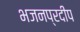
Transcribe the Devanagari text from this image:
भजनप्रदीप